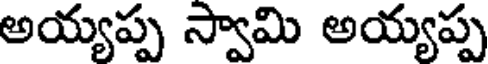
అయ్యప్ప స్వామి అయ్యప్ప